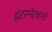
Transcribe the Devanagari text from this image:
इंटरनेटवरचे